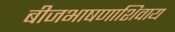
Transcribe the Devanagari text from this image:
बीजभाषणाशिवाय